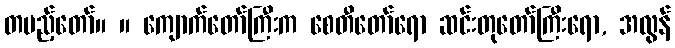
တပည့်တော်။ ။ ကျောက်တော်ကြီးက စေတီတော်ရော ဆင်းတုတော်ကြီးရော, အလွန်